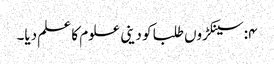
۴:سینکڑوں طلبا کو دینی علوم کا علم دیا۔